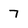
Character: 7